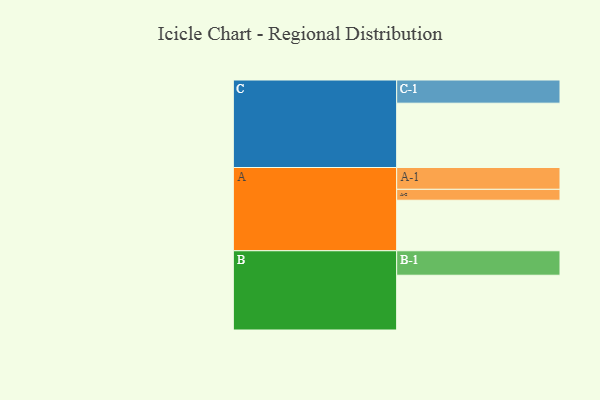
{"axis": {"x": "Segment", "y": "Value"}, "legend": ["", "A", "B", "C"], "data": [{"x": "A", "y": 440, "type": ""}, {"x": "B", "y": 477, "type": ""}, {"x": "C", "y": 560, "type": ""}, {"x": "A-1", "y": 190, "type": "A"}, {"x": "A-2", "y": 95, "type": "A"}, {"x": "B-1", "y": 213, "type": "B"}, {"x": "C-1", "y": 202, "type": "C"}]}